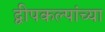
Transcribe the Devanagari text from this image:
द्वीपकल्पांच्या